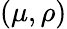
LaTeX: (\mu,\rho)